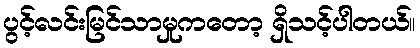
ပွင့်လင်းမြင်သာမှုကတော့ ရှိသင့်ပါတယ်။